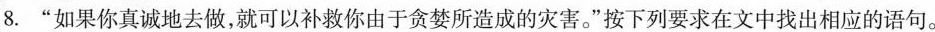
8.”如果你真诚地去做，就可以补救你由于贪婪所造成的灾害。”按下列要求在文中找出相应的语句。